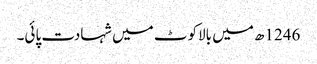
1246ھ میں بالاکوٹ میں شہادت پائی۔